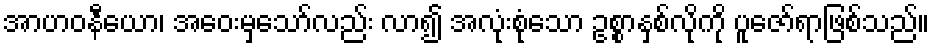
အာဟဝနီယော၊ အဝေးမှသော်လည်း လာ၍ အလုံးစုံသော ဥစ္စာနှစ်လိုကို ပူဇော်ရာဖြစ်သည်။